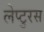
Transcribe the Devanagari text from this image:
लेप्टुरस